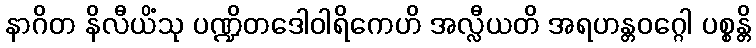
နာဂိတ နိလီယိံသု ပဏ္ဍိတဒေါဝါရိကေဟိ အလ္လီယတိ အရဟန္တဝဂ္ဂေါ ပစ္စန္တိ